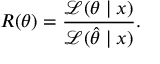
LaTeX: R ( \theta ) = { \frac { { \mathcal { L } } ( \theta \mid x ) } { { \mathcal { L } } ( { \hat { \theta } } \mid x ) } } .